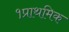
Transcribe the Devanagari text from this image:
१प्राथमिक